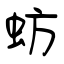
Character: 蚄